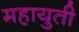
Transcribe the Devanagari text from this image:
महायुती